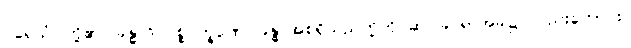
ပရေသံ၊ တို့၏။ ခန္ဓာဒိ ပစ္စဝက္ခဏေ၊ ခန္ဓာအစရှိသည်တို့ကို ဆင်ခြင်ရာအခါ၌ လည်းကောင်း။